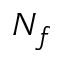
N _ { f }